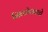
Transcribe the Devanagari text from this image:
निकोलसचे